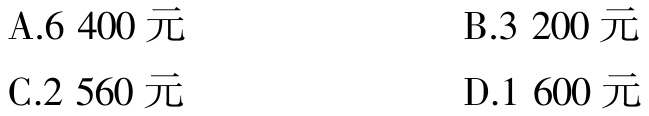
A.6 400元
B.3 200元
C.2 560元
D.1 600元